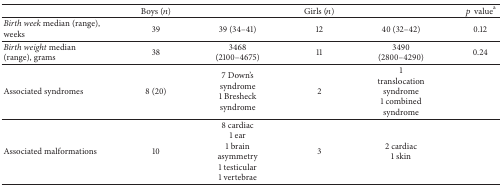
|  | Boys (n) |  | Girls (n) |  | pvaluea |
 | --- | --- | --- | --- | --- | --- |
 | Birth week median (range), weeks | 39 | 39 (34–41) | 12 | 40 (32–42) | 0.12 |
 | Birth weight median (range), grams | 38 | 3468(2100–4675) | 11 | 3490(2800–4290) | 0.24 |
 | Associated syndromes | 8 (20) | 7 Down's syndrome1 Bresheck syndrome | 2 | 1 translocation syndrome1 combined syndrome |  |
 | Associated malformations | 10 | 8 cardiac1 ear1 brain asymmetry1 testicular1 vertebrae | 3 | 2 cardiac1 skin |  |